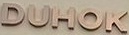
DUHOK